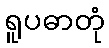
ရူပဓာတုံ